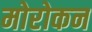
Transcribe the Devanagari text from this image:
मोरोकन